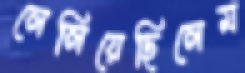
লেলিয়েছিলেম